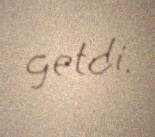
getdi.